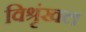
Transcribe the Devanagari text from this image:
विश्रृंखल